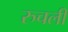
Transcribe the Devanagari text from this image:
रुचली